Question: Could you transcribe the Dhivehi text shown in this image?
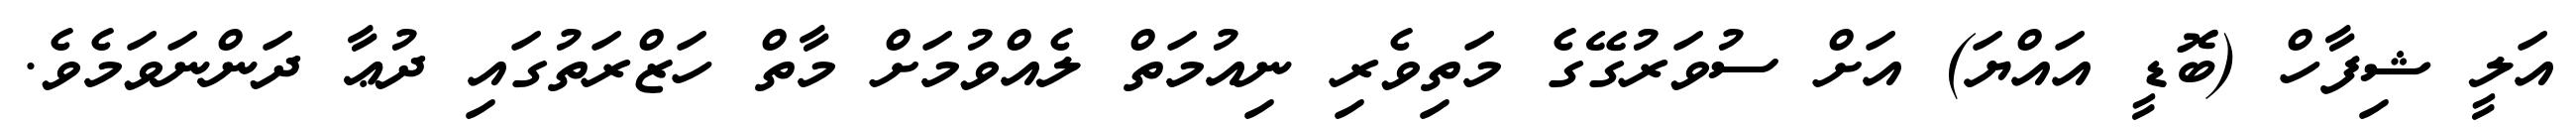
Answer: އަލީ ޝިފާހް (ބޮޑީ އައްޔަ) އަށް ސުވަރުގޭގެ މަތިވެރި ނިއުމަތް ލެއްވުމަށް މާތް ހަޒްރަތުގައި ދުޢާ ދަންނަވަމެވެ.